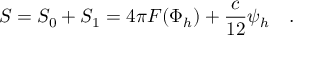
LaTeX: S = S _ { 0 } + S _ { 1 } = 4 \pi F ( \Phi _ { h } ) + { \frac { c } { 1 2 } } \psi _ { h } ~ ~ ~ .